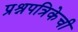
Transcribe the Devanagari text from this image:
प्रश्नपत्रिकेची